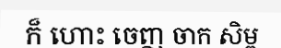
ក៏ ហោះ ចេញ ចាក សិម្ព